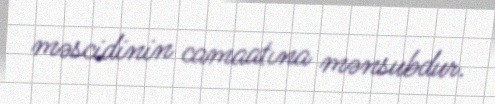
məscidinin camaatına mənsubdur.